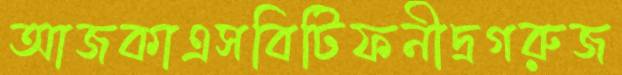
আজকাএসবিটিফনীদ্রগরুজ